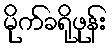
မိုက်ခရိုဖုန်း